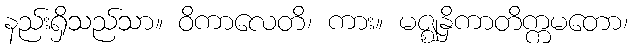
နည်းရှိသည်သာ။ ဝိကာလေတိ၊ ကား။ မဇ္ဈနှိကာတိက္ကမတော၊